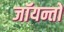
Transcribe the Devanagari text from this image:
जॉयन्तो